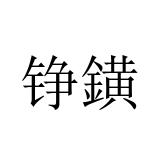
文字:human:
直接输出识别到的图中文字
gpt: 铮鐄